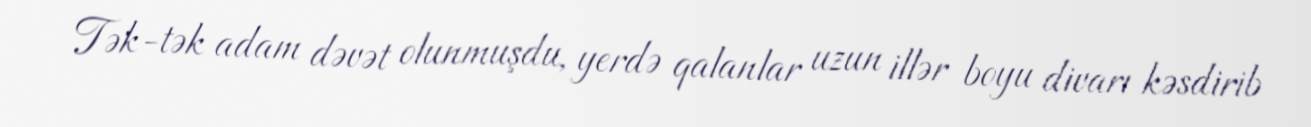
Tək-tək adam dəvət olunmuşdu, yerdə qalanlar uzun illər boyu divarı kəsdirib